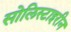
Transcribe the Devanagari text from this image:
सोलिस्टाइरीन